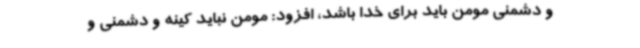
و دشمنی مومن باید برای خدا باشد، افزود: مومن نباید کینه و دشمنی و